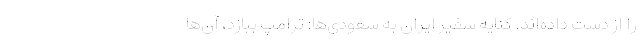
را از دست داده‌اند. کنایه سفیر ایران به سعودی‌ها: ترامپ ببازد، آن‌ها